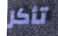
تأكل